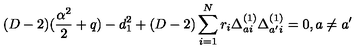
( D - 2 ) ( { \frac { \alpha ^ { 2 } } { 2 } } + q ) - d _ { 1 } ^ { 2 } + ( D - 2 ) \sum _ { i = 1 } ^ { N } r _ { i } \Delta _ { a i } ^ { ( 1 ) } \Delta _ { a ^ { \prime } i } ^ { ( 1 ) } = 0 , a \not = a ^ { \prime }